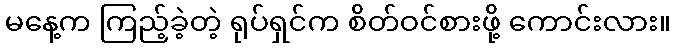
မနေ့က ကြည့်ခဲ့တဲ့ ရုပ်ရှင်က စိတ်ဝင်စားဖို့ ကောင်းလား။